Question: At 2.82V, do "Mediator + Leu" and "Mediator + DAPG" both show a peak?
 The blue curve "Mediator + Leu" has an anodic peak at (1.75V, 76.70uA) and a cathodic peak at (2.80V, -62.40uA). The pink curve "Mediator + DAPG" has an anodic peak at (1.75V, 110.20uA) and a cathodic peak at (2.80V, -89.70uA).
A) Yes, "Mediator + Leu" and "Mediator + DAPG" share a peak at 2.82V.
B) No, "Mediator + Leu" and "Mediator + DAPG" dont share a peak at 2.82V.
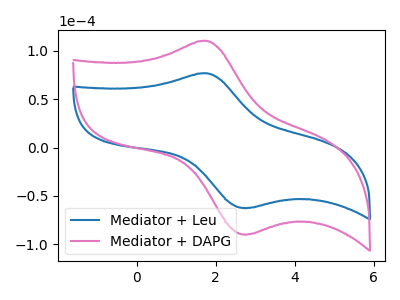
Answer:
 <answer>A) Yes, "Mediator + Leu" and "Mediator + DAPG" share a peak at 2.82V.</answer>
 <eval>A</eval>